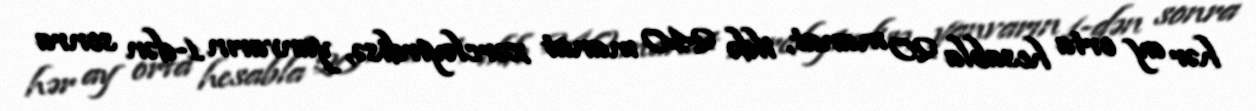
hər ay orta hesabla 20 manat, ildə 240 manat xərcləyirdisə, yanvarın 1-dən sonra